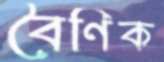
বৈণিক